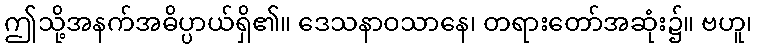
ဤသို့အနက်အဓိပ္ပာယ်ရှိ၏။ ဒေသနာဝသာနေ၊ တရားတော်အဆုံး၌။ ဗဟူ၊